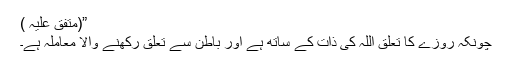
”(متفق علیہ )
چونکہ روزے کا تعلق اللہ کی ذات کے ساتھ ہے اور باطن سے تعلق رکھنے والا معاملہ ہے۔